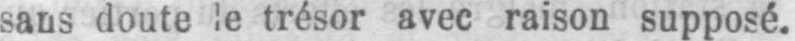
sans doute le trésor avec raison supposé.